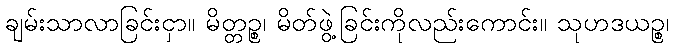
ချမ်းသာလာခြင်းငှာ။ မိတ္တဉ္စ၊ မိတ်ဖွဲ့ခြင်းကိုလည်းကောင်း။ သုဟဒယဉ္စ၊